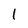
Character: 1